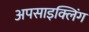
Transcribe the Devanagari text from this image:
अपसाइक्लिंग